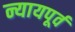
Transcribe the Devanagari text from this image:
न्यायपूर्व